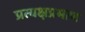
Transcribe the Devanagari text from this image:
प्रत्यक्षप्रमाण